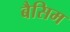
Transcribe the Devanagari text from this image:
बैसिम